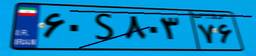
۶۰S۸۰۳۷۶